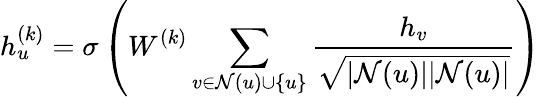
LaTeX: h_{u}^{(k)}=\sigma\left(W^{(k)}\sum_{v\in\mathcal{N}(u)\cup\{ u\} }\frac{h_{v}}{\sqrt{|\mathcal{N}(u)||\mathcal{N}(u)|}}\right)